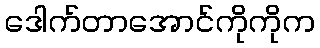
ဒေါက်တာအောင်ကိုကိုက